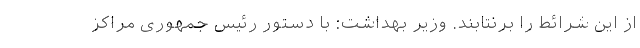
از این شرائط را برنتابند. وزیر بهداشت: با دستور رئیس جمهوری مراکز